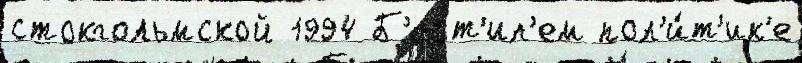
стокгольмской 1994 Б'ерт'ил'ем пол'и́т'ик'е